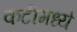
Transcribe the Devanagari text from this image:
कटीमध्ये